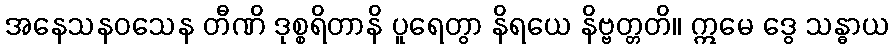
အနေသနဝသေန တီဏိ ဒုစ္စရိတာနိ ပူရေတွာ နိရယေ နိဗ္ဗတ္တတိ။ ဣမေ ဒွေ သန္ဓာယ